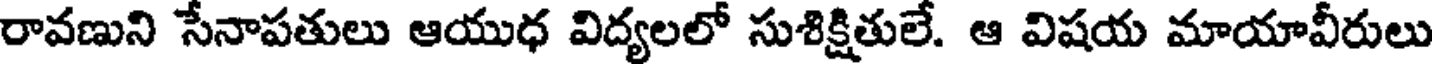
రావణుని సేనాపతులు ఆయుధ విద్యలలో సుశిక్షితులే. ఆ విషయ మాయావీరులు